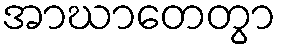
အာဃာတေတွာ